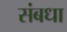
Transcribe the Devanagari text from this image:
संबधा